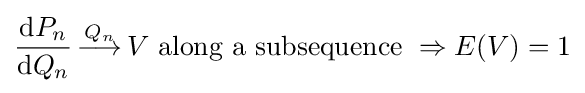
{\frac {\mathrm {d} P_{n}}{\mathrm {d} Q_{n}}}{\overset {Q_{n}}{\,\longrightarrow \,}}V{\text{ along a subsequence }}\Rightarrow E(V)=1